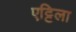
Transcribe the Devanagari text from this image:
एट्टिला